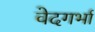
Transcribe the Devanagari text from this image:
वेदगर्भा